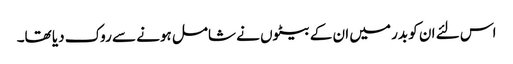
اس لئے ان کو بدر میں ان کے بیٹوں نے شامل ہونے سے روک دیا تھا۔